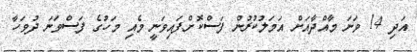
އަދި 14 ވަނަ މާއްދާއަށް އަމަލުކުރުން ފަސްކޮށްފައިވަނީ މެއި މަހުގެ ފަސްވަނަ ދުވަހާ